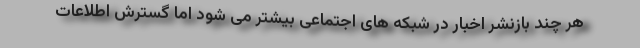
هر چند بازنشر اخبار در شبکه های اجتماعی بیشتر می شود اما گسترش اطلاعات